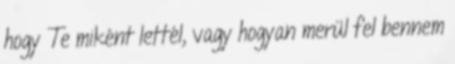
hogy Te miként lettél, vagy hogyan merül fel bennem